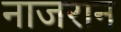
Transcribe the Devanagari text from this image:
नाजरान